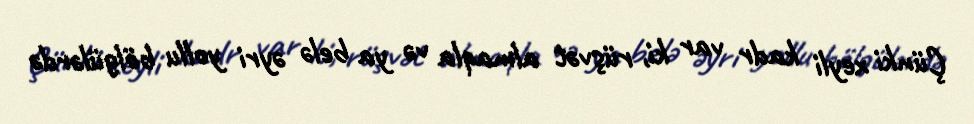
Çünki xeyli kadr var ki, rüşvət almaqla və ya belə əyri yollu bölgülərdə